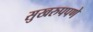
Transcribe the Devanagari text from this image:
सुखरुपपणे